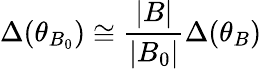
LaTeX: \Delta(\theta_{B_{0}})\cong\frac{|B|}{|B_{0}|}\Delta(\theta_{B})